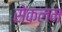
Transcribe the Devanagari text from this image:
सेकलम